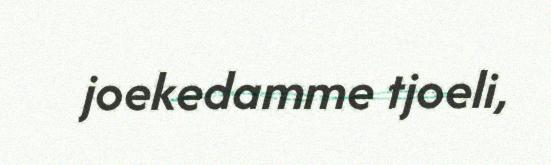
joekedamme tjoeli,